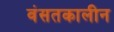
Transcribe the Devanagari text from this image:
वंसतकालीन